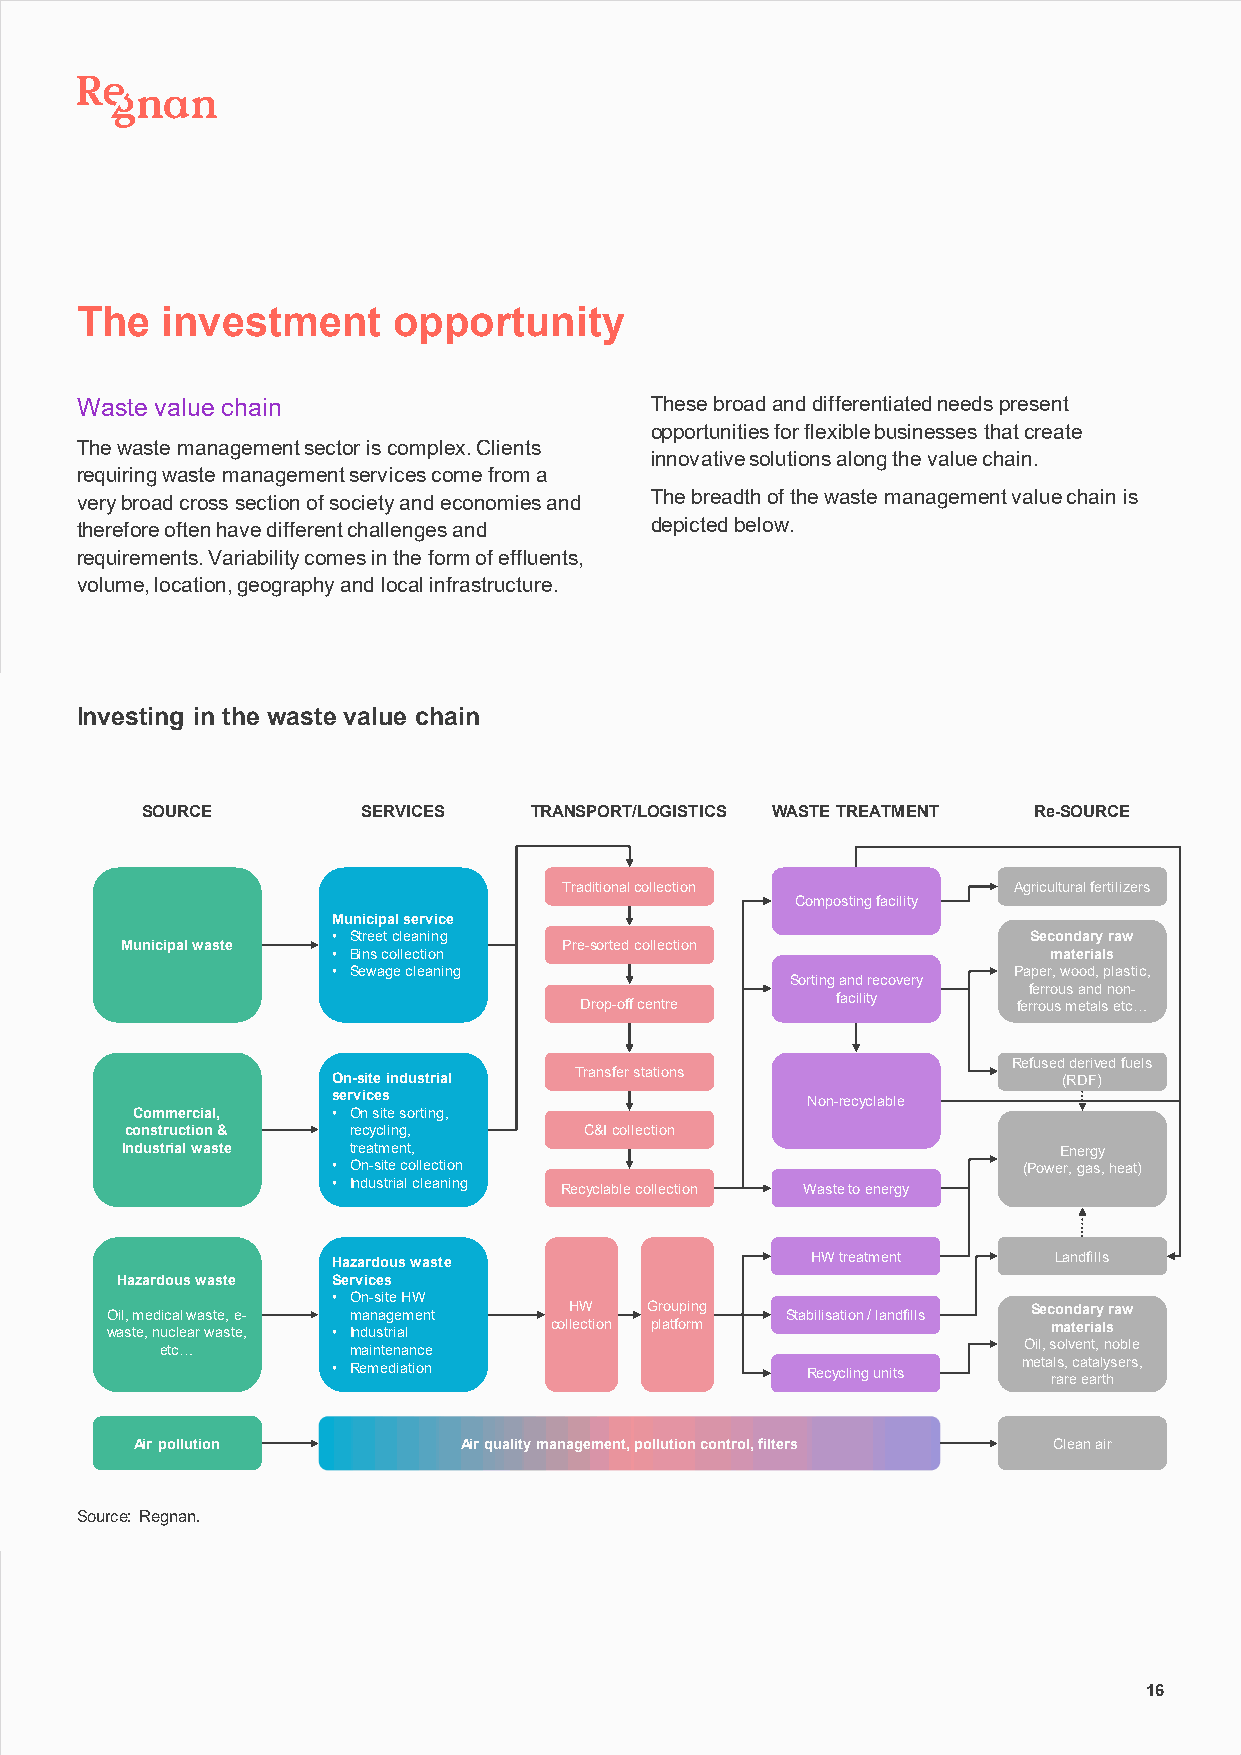
The   investment     opportunity
 Waste value chain                     These broad and differentiated needs present
 opportunities for flexible businesses that create
 The waste management sector is complex. Clients
 innovative solutions along the value chain.
 requiring waste management services come from a
 very broad cross section of society and economies and The breadth of the waste management value chain is
 therefore often have different challenges and depicted below.
 requirements. Variability comes in the form of effluents,
 volume, location, geography and local infrastructure.
 Investing in the waste value chain
 SOURCE         SERVICES   TRANSPORT/LOGISTICS WASTE TREATMENT Re-SOURCE
 Traditional collection        Agricultural fertilizers
 Composting facility
 Municipal service
 • Street cleaning                             Secondary raw
 Municipal waste              Pre-sorted collection
 • Bins collection                              materials
 • Sewage cleaning                            Paper, wood, plastic,
 Sorting and recovery
 ferrous and non-
 Drop-off centre  facility    ferrous metals etc…
 Refused derived fuels
 Transfer stations
 On-site industrial                              (RDF)
 services                       Non-recyclable
 Commercial,  • On site sorting,
 construction & recycling,      C&I collection
 Industrial waste treatment,                                   Energy
 • On-site collection                          (Power, gas, heat)
 • Industrial cleaning Recyclable collection Waste to energy
 HW treatment    Landfills
 Hazardous waste
 Hazardous waste Services
 • On-site HW
 Oil, medical waste, e- management HW Grouping Stabilisation / landfills Secondary raw
 waste, nuclear waste, • Industrial collection platform         materials
 etc…        maintenance                                  Oil, solvent, noble
 • Remediation                  Recycling units meta rl as r, e c a et aa rl ty hsers,
 Air pollution        Air quality management, pollution control, filters Clean air
 Source: Regnan.
 16